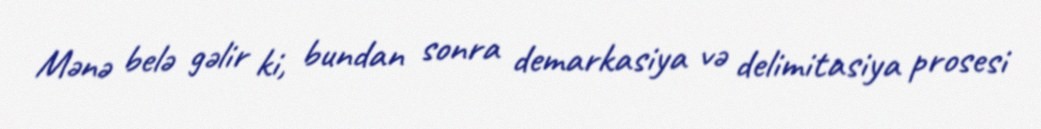
Mənə belə gəlir ki, bundan sonra demarkasiya və delimitasiya prosesi